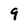
Character: 9